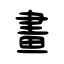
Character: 畫